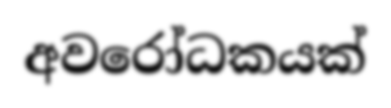
අවරෝධකයක්